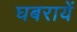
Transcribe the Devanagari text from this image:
घबरायें